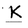
Character: K